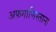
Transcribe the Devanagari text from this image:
अफगाणिस्ताना